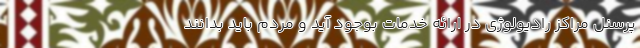
پرسنل مراکز رادیولوژی در ارائه خدمات بوجود آید و مردم باید بدانند